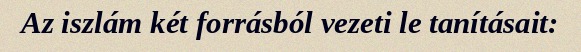
Az iszlám két forrásból vezeti le tanításait: